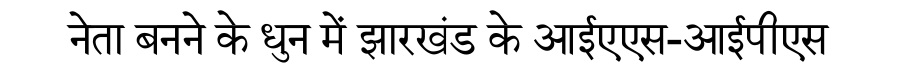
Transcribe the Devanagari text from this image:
नेता बनने के धुन में झारखंड के आईएएस-आईपीएस